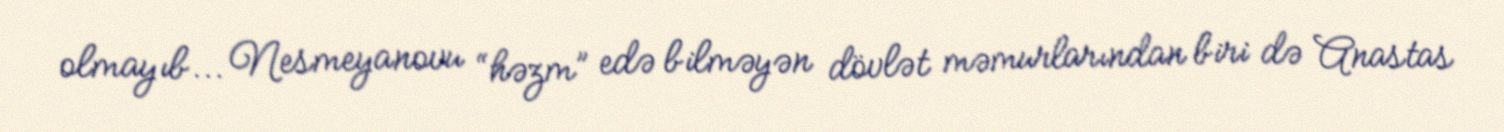
olmayıb... Nesmeyanovu “həzm” edə bilməyən dövlət məmurlarından biri də Anastas